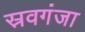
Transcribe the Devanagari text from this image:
स्रवगंजा